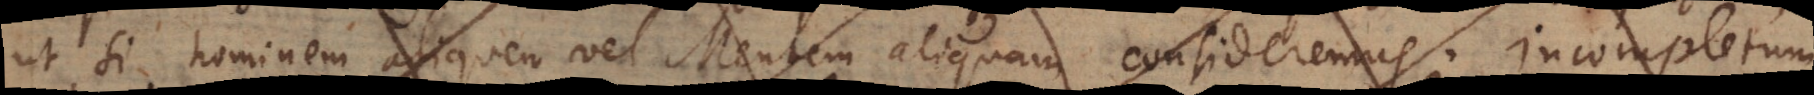
ut si hominem aliquem vel Mentem aliquam consideremus; incompletum